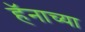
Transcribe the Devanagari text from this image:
हॅनाच्या